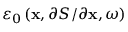
\varepsilon _ { 0 } \left( \mathbf { x } , \partial S / \partial \mathbf { x } , \omega \right)